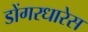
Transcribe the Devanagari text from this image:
डोंगरधारेस